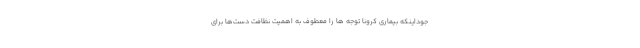
جوداینکه بیماری کرونا توجه ها را معطوف به اهمیت نظافت دست‌ها برای